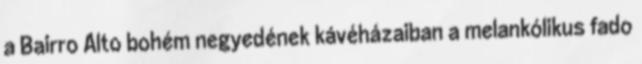
a Bairro Alto bohém negyedének kávéházaiban a melankólikus fado